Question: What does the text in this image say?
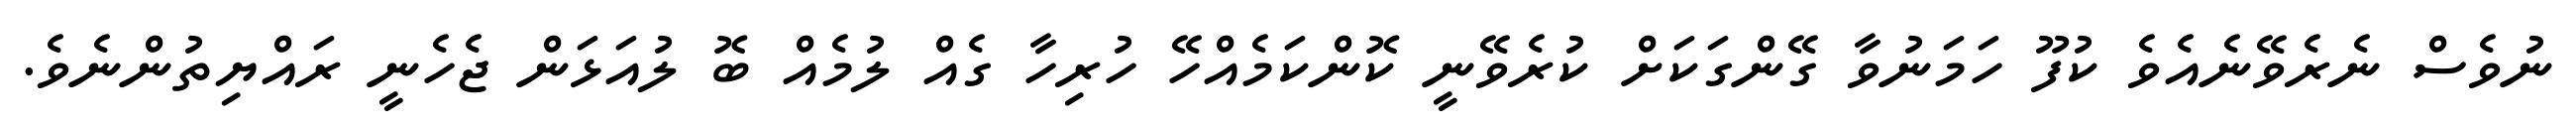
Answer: ނުވެސް ނެރެވޭނެއެވެ ކުފޫ ހަމަނުވާ ގޭންގަކަށް ކުރެވޭނީ ކޮންކަމެއްހޭ ހުރިހާ ގެއް ލުމެއް ބޮ ލުއަޅަން ޖެހެނީ ރައްޔިތުންނެވެ.